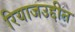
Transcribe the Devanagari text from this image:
रियाजउद्दीन